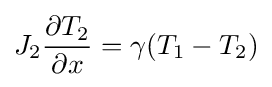
J_{2}{\frac {\partial T_{2}}{\partial x}}=\gamma (T_{1}-T_{2})